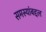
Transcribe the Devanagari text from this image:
समस्यांबद्दल